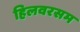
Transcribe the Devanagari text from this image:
हिलवरसम